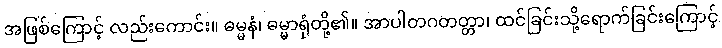
အဖြစ်ကြောင့် လည်းကောင်း။ ဓမ္မနံ၊ ဓမ္မာရုံတို့၏။ အာပါတဂတတ္တာ၊ ထင်ခြင်းသို့ရောက်ခြင်းကြောင့်